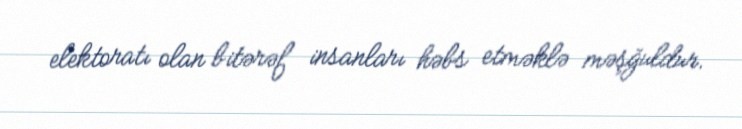
elektoratı olan bitərəf insanları həbs etməklə məşğuldur.